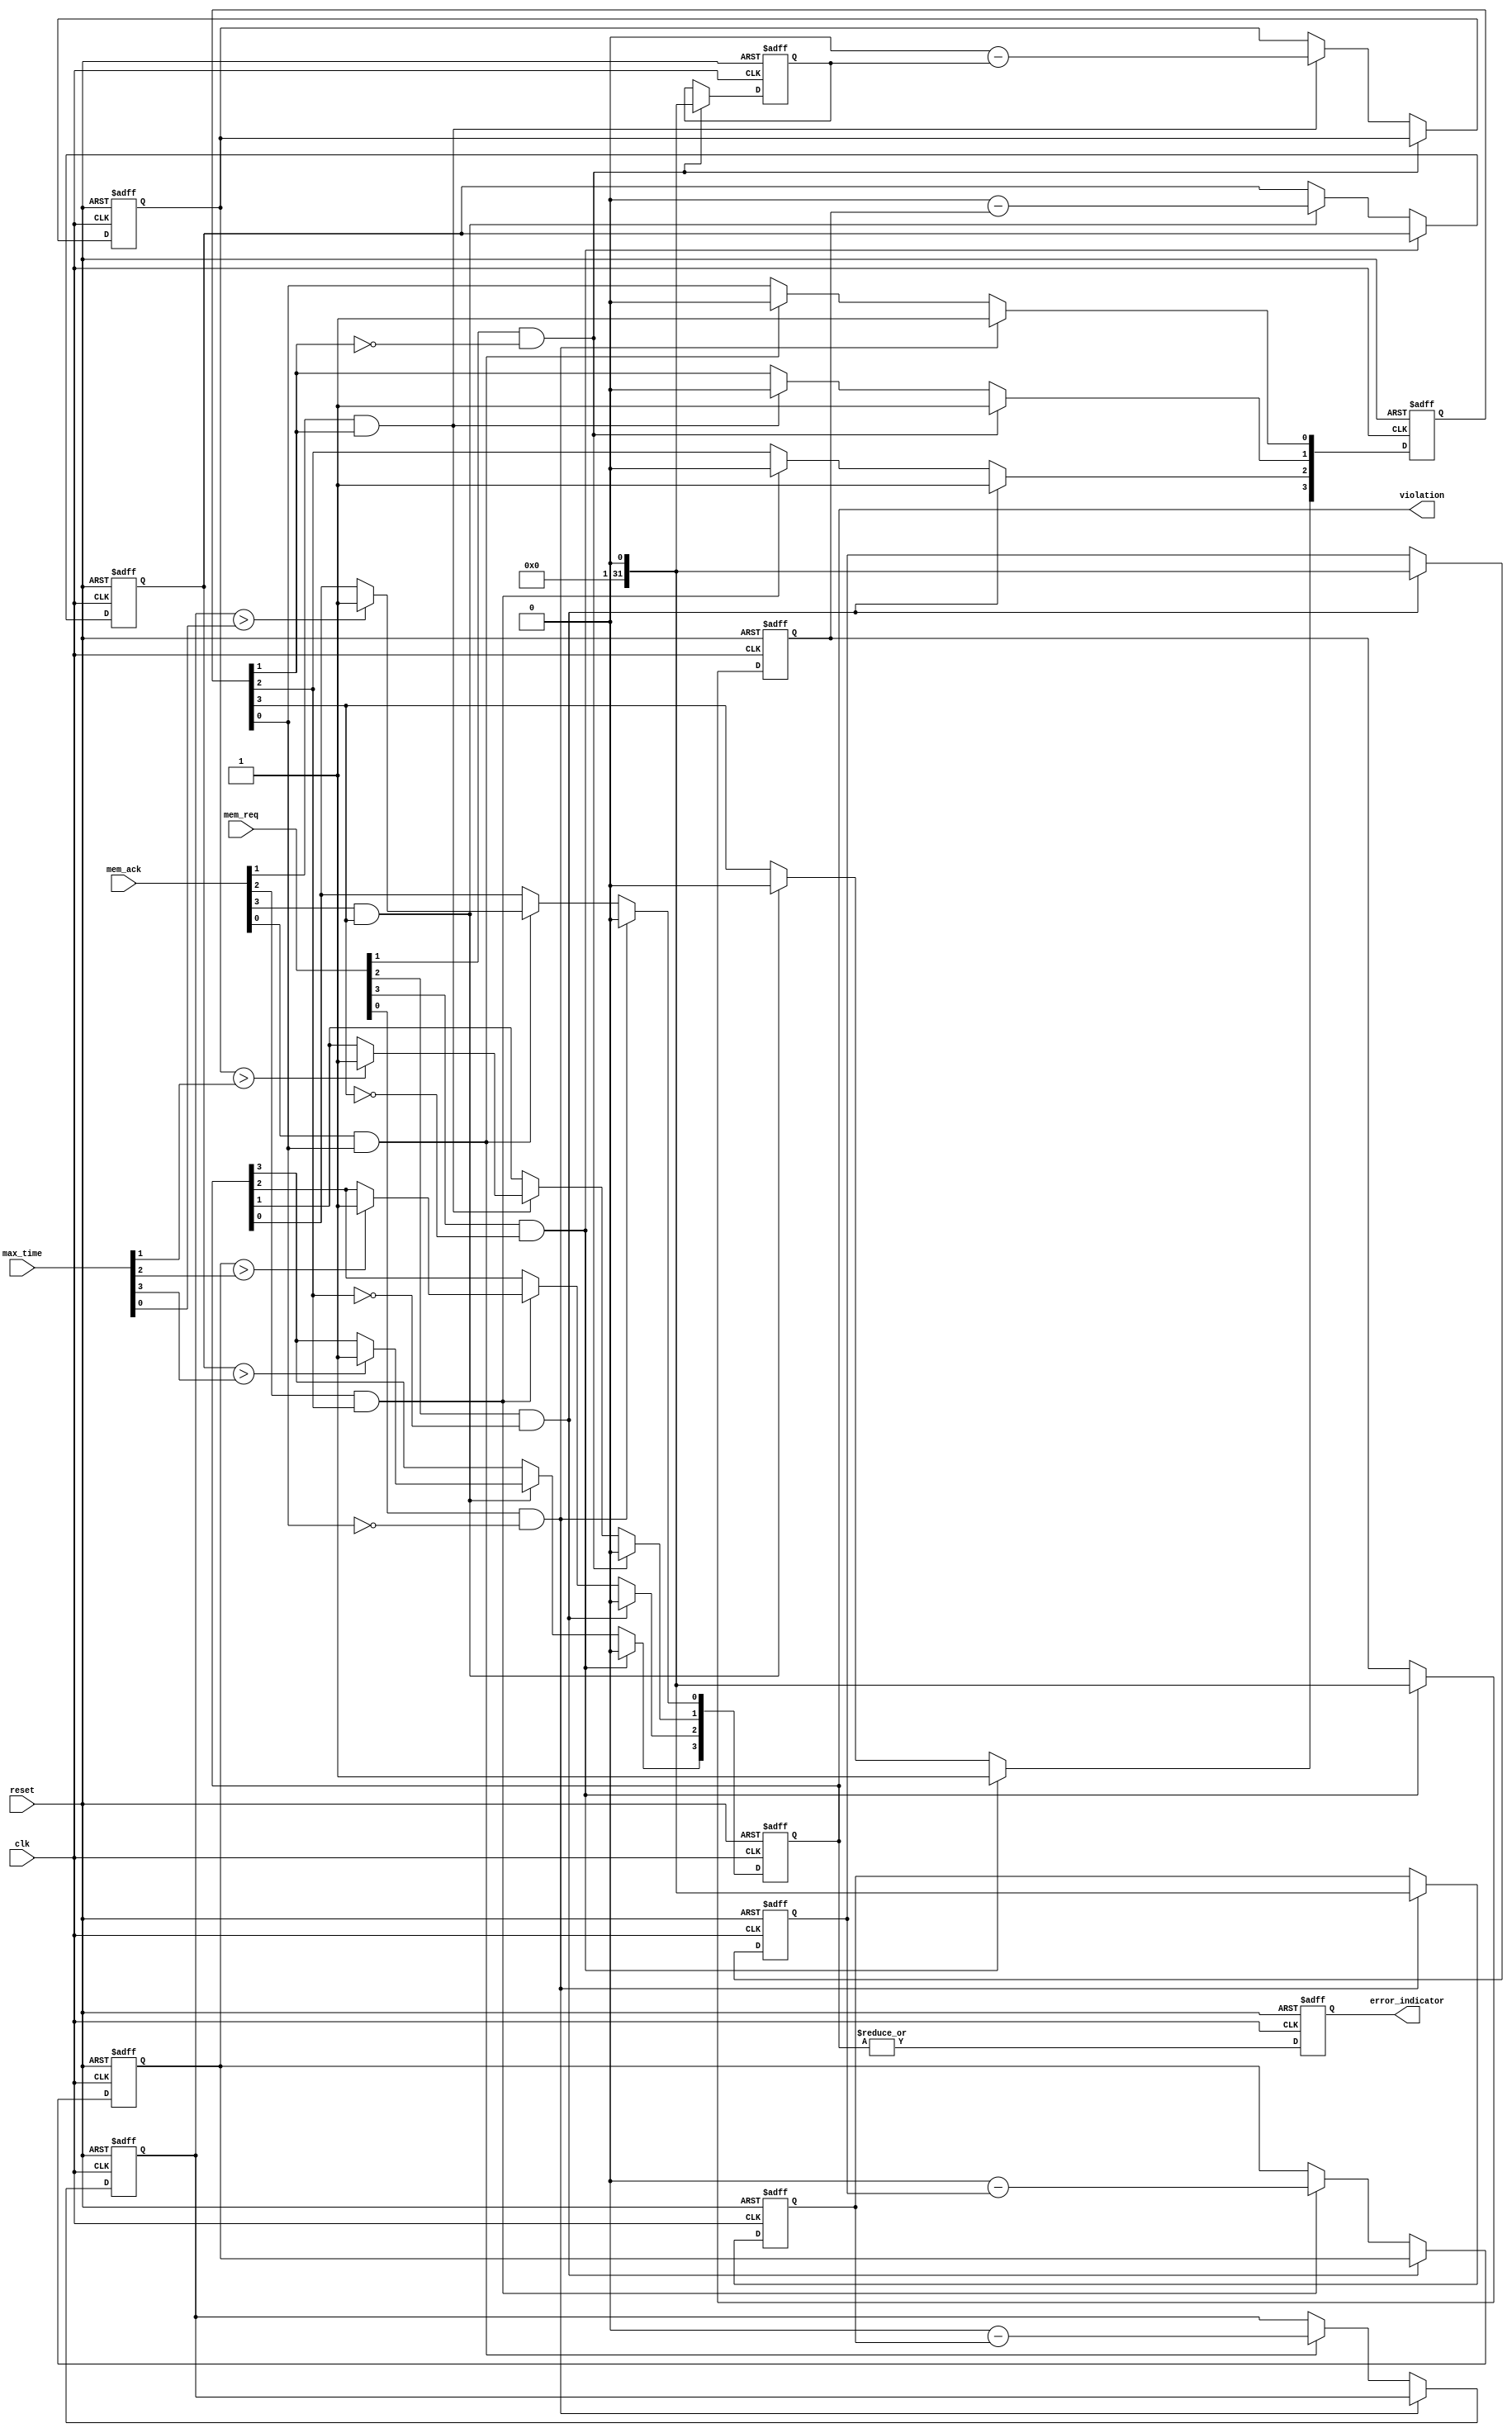
module MemoryBlocksTimeBorrowingDetector #(
    parameter NUM_BLOCKS = 4 // Number of memory blocks
)(
    input wire clk,
    input wire reset,
    input wire [NUM_BLOCKS-1:0] mem_req,
    input wire [NUM_BLOCKS-1:0] mem_ack,
    input wire [NUM_BLOCKS-1:0] max_time,
    output reg [NUM_BLOCKS-1:0] violation,
    output reg error_indicator
);

    reg [31:0] access_start_time [0:NUM_BLOCKS-1]; // Store start time for each block
    reg [31:0] access_duration [0:NUM_BLOCKS-1];   // Store access duration for each block
    reg [NUM_BLOCKS-1:0] access_active;            // Track active accesses

    integer i;

    // Asynchronous reset
    always @(posedge clk or posedge reset) begin
        if (reset) begin
            violation <= 0;
            error_indicator <= 0;
            access_active <= 0;
            for (i = 0; i < NUM_BLOCKS; i = i + 1) begin
                access_start_time[i] <= 0;
                access_duration[i] <= 0;
            end
        end else begin
            // Check each memory block
            for (i = 0; i < NUM_BLOCKS; i = i + 1) begin
                if (mem_req[i] && !access_active[i]) begin
                    // Memory request received, record start time
                    access_start_time[i] <= $time; // Capture current time
                    access_active[i] <= 1;          // Mark as active
                    violation[i] <= 0;              // Reset violation flag
                end else if (mem_ack[i] && access_active[i]) begin
                    // Memory acknowledgment received, calculate duration
                    access_duration[i] <= $time - access_start_time[i];
                    access_active[i] <= 0; // Mark as inactive

                    // Check for violation
                    if (access_duration[i] > max_time[i]) begin
                        violation[i] <= 1; // Set violation flag
                    end
                end
            end

            // Update error indicator
            error_indicator <= |violation; // Set if any violation is detected
        end
    end

endmodule